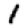
Digit: 1